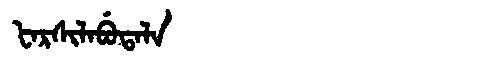
Manchu: ᡶᠠᡵᠰᡳᠯᠠᠪᡠᡨᠠᠯᠠ
Romanization: FARSILABUTALA